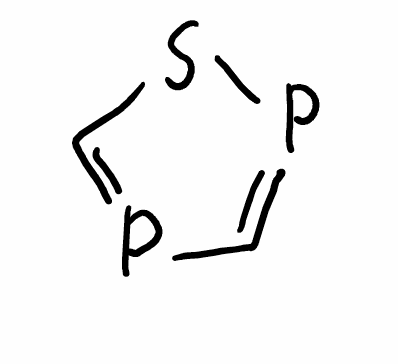
Simplified molecular-input line-entry system (SMILES) notation of the given molecule:
C1=PSC=P1